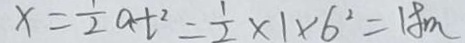
x = \frac { 1 } { 2 } a t ^ { 2 } = \frac { 1 } { 2 } \times 1 \times 6 ^ { 2 } = 1 8 m